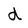
Character: d